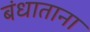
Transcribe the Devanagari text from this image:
बंधाताना